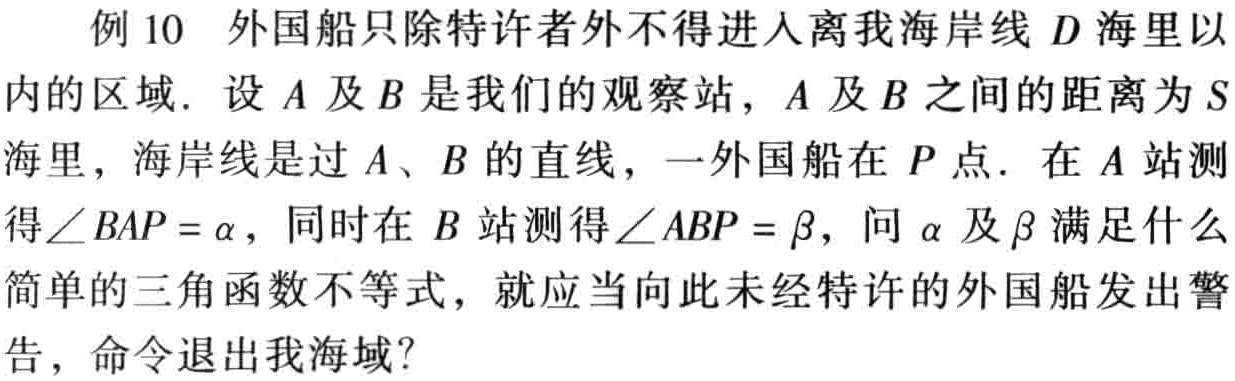
例 10 外国船只除特许者外不得进入离我海岸线 \(D\) 海里以内的区域. 设 \(A\) 及 \(B\) 是我们的观察站, \(A\) 及 \(B\) 之间的距离为 \(S\) 海里，海岸线是过 \(A\)、\(B\) 的直线，一外国船在 \(P\) 点. 在 \(A\) 站测得\(\angle BAP=\alpha\)，同时在 \(B\) 站测得\(\angle ABP = \beta\)，问 \(\alpha\) 及 \(\beta\) 满足什么简单的三角函数不等式，就应当向此未经特许的外国船发出警告，命令退出我海域？